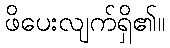
ဖိပေးလျက်ရှိ၏။